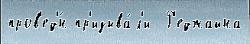
пров'ед'́н пр'изыва́л'и  Р'еджайна